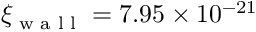
\xi _ { \textrm { w a l l } } = 7 . 9 5 \times 1 0 ^ { - 2 1 }